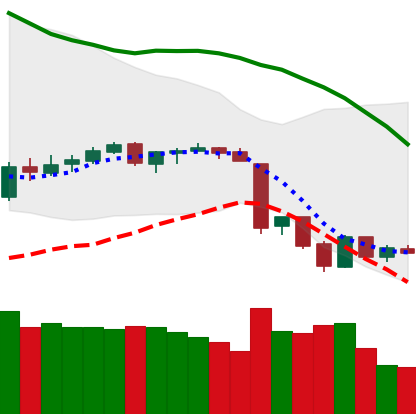
Ticker: BTC-USD
Chart end date: 2018-06-17
Forward return: -6.394%
Label: down_5_7